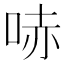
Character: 哧